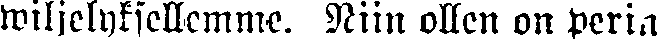
wiljelyksellemme. Niin ollen on perin